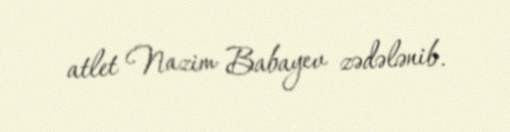
atlet Nazim Babayev zədələnib.